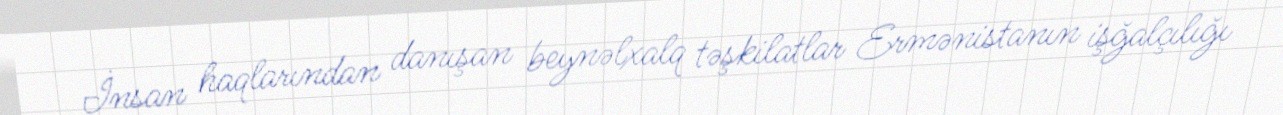
İnsan haqlarından danışan beynəlxalq təşkilatlar Ermənistanın işğalçılığı